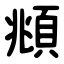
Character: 頫